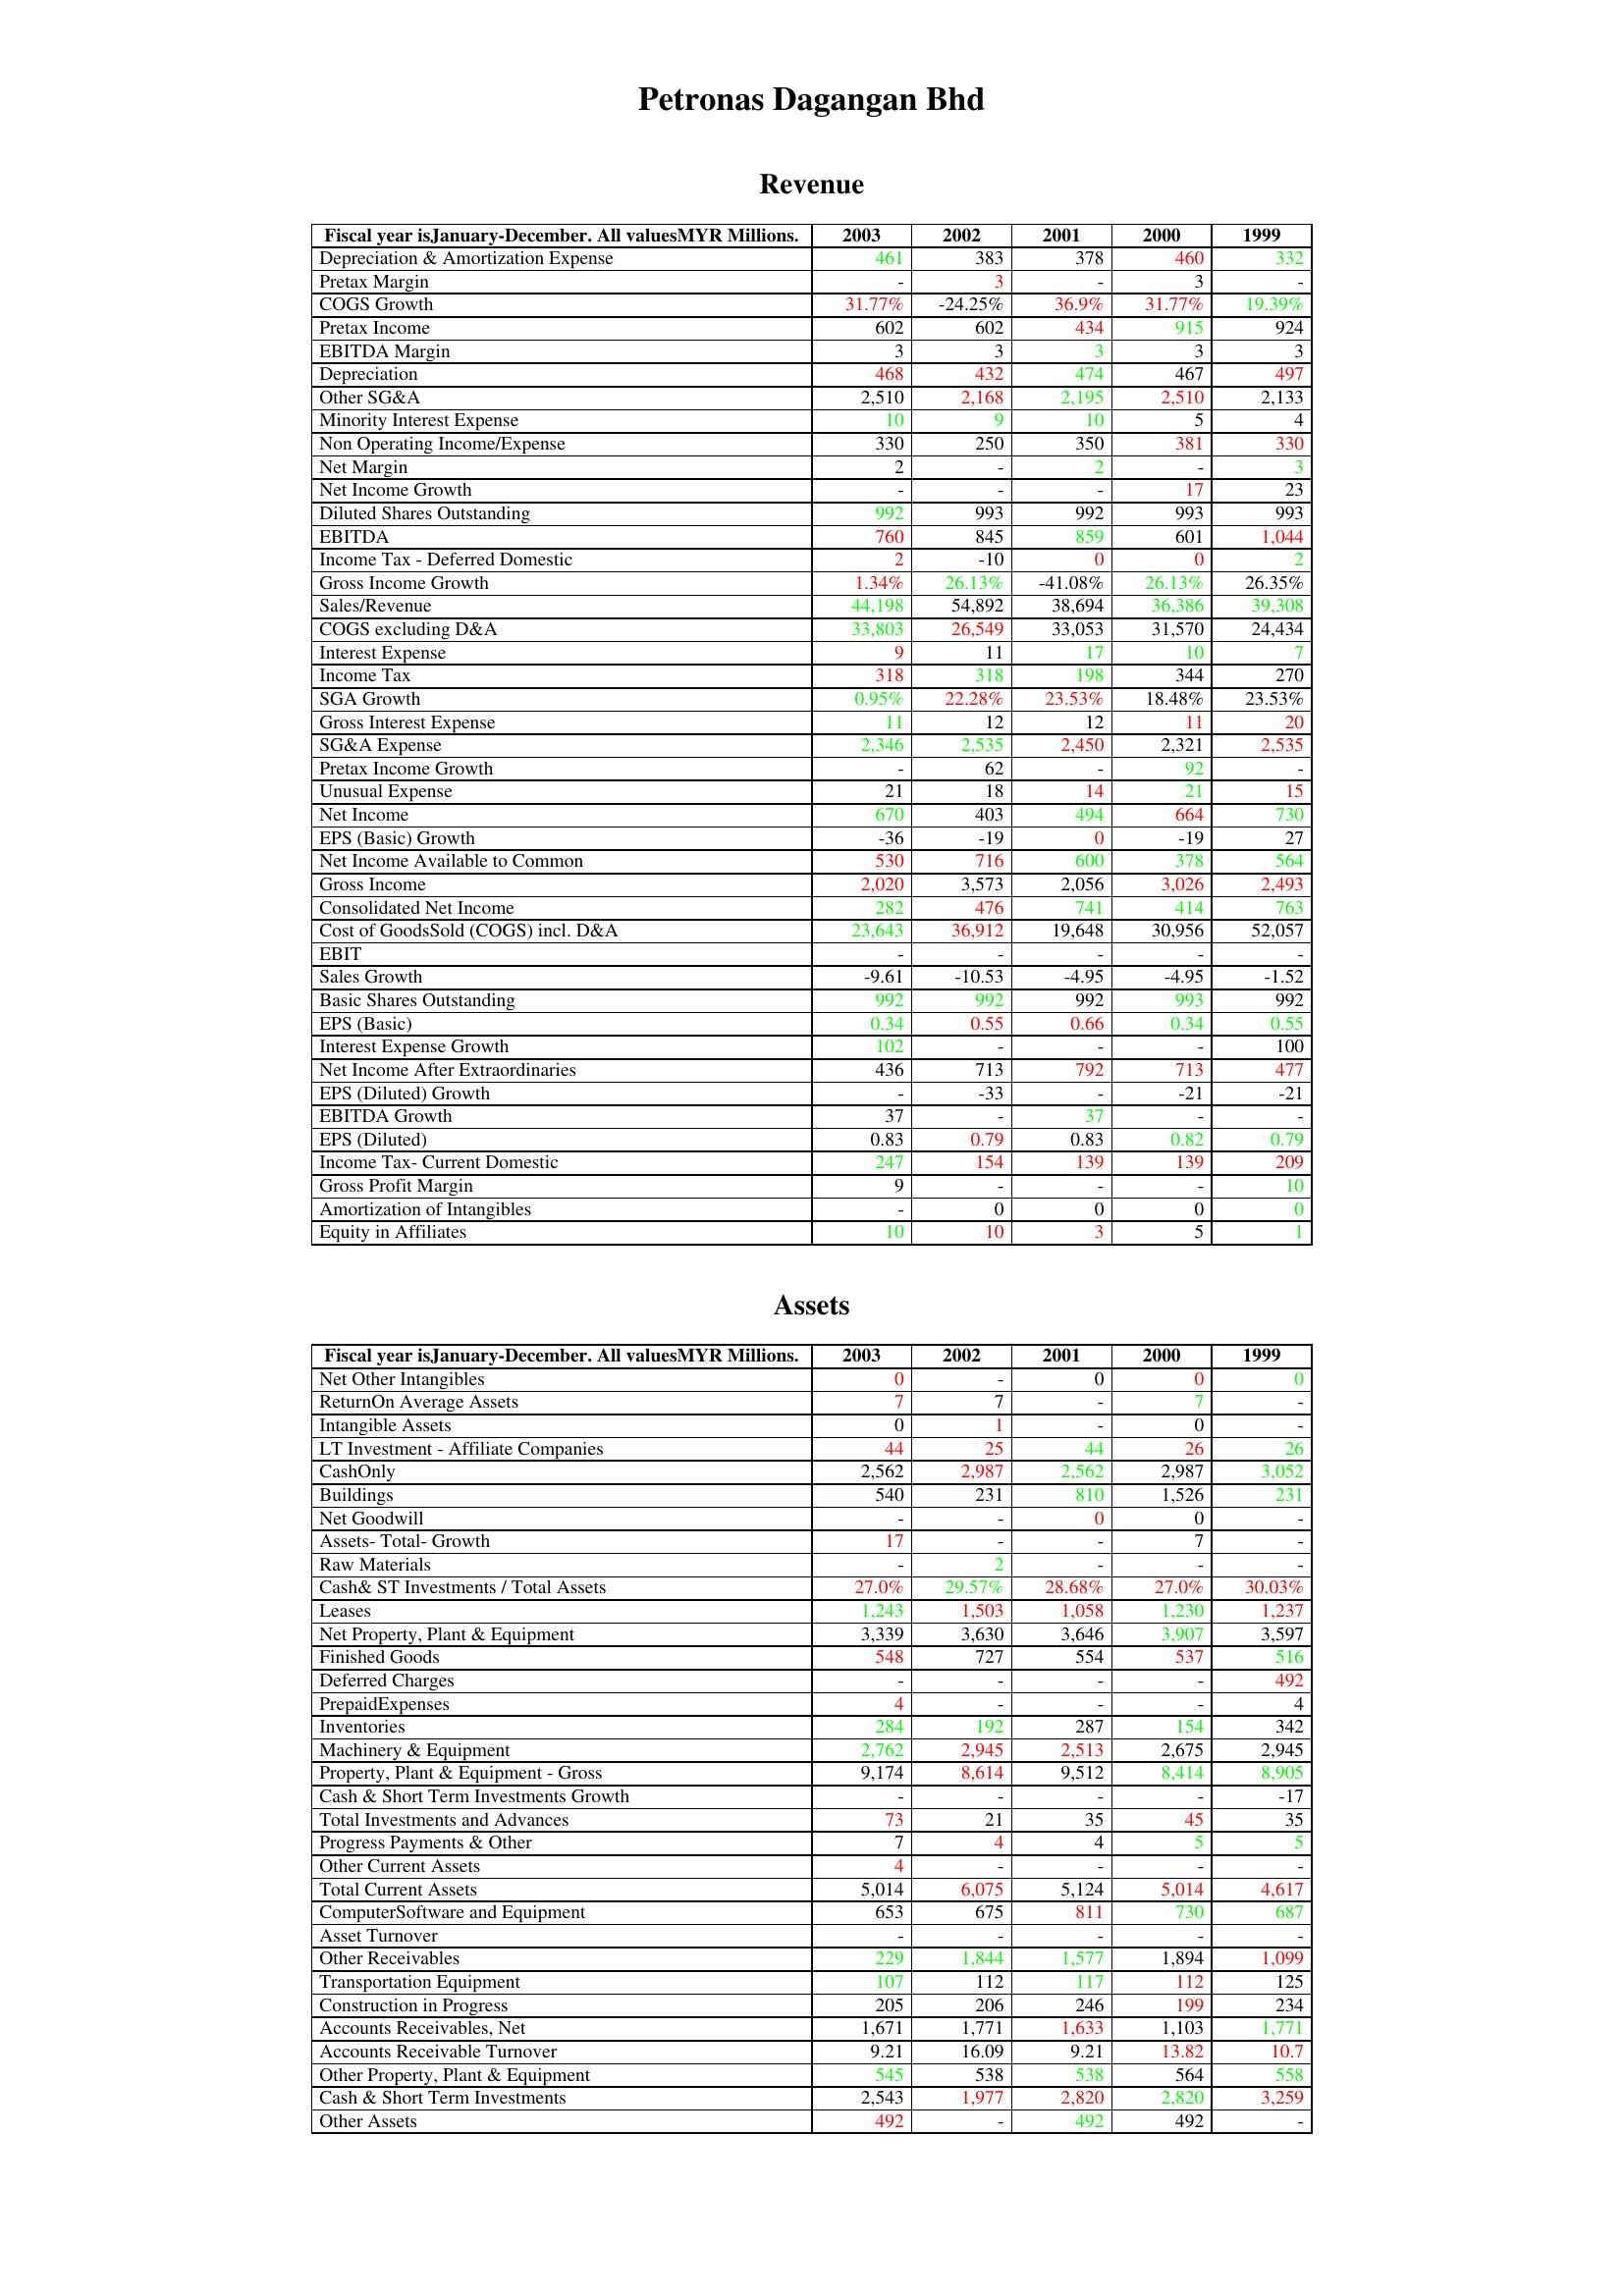
gt_parse: 2003: Revenue: Depreciation & Amortization Expense: 461
Pretax Margin: -
COGS Growth: 31.77%
Pretax Income: 602
EBITDA Margin: 3
Depreciation: 468
Other SG&A: 2,510
Minority Interest Expense: 10
Non Operating Income/Expense: 330
Net Margin: 2
Net Income Growth: -
Diluted Shares Outstanding: 992
EBITDA: 760
Income Tax - Deferred Domestic: 2
Gross Income Growth: 1.34%
Sales/Revenue: 44,198
COGS excluding D&A: 33,803
Interest Expense: 9
Income Tax: 318
SGA Growth: 0.95%
Gross Interest Expense: 11
SG&A Expense: 2,346
Pretax Income Growth: -
Unusual Expense: 21
Net Income: 670
EPS (Basic) Growth: -36
Net Income Available to Common: 530
Gross Income: 2,020
Consolidated Net Income: 282
Cost of GoodsSold (COGS) incl. D&A: 23,643
EBIT: -
Sales Growth: -9.61
Basic Shares Outstanding: 992
EPS (Basic): 0.34
Interest Expense Growth: 102
Net Income After Extraordinaries: 436
EPS (Diluted) Growth: -
EBITDA Growth: 37
EPS (Diluted): 0.83
Income Tax- Current Domestic: 247
Gross Profit Margin: 9
Amortization of Intangibles: -
Equity in Affiliates: 10
Assets: Net Other Intangibles: 0
ReturnOn Average Assets: 7
Intangible Assets: 0
LT Investment - Affiliate Companies: 44
CashOnly: 2,562
Buildings: 540
Net Goodwill: -
Assets- Total- Growth: 17
Raw Materials: -
Cash& ST Investments / Total Assets: 27.0%
Leases: 1,243
Net Property, Plant & Equipment: 3,339
Finished Goods: 548
Deferred Charges: -
PrepaidExpenses: 4
Inventories: 284
Machinery & Equipment: 2,762
Property, Plant & Equipment - Gross : 9,174
Cash & Short Term Investments Growth: -
Total Investments and Advances: 73
Progress Payments & Other: 7
Other Current Assets: 4
Total Current Assets: 5,014
ComputerSoftware and Equipment: 653
Asset Turnover: -
Other Receivables: 229
Transportation Equipment: 107
Construction in Progress: 205
Accounts Receivables, Net: 1,671
Accounts Receivable Turnover: 9.21
Other Property, Plant & Equipment: 545
Cash & Short Term Investments: 2,543
Other Assets: 492
2002: Revenue: Depreciation & Amortization Expense: 383
Pretax Margin: 3
COGS Growth: -24.25%
Pretax Income: 602
EBITDA Margin: 3
Depreciation: 432
Other SG&A: 2,168
Minority Interest Expense: 9
Non Operating Income/Expense: 250
Net Margin: -
Net Income Growth: -
Diluted Shares Outstanding: 993
EBITDA: 845
Income Tax - Deferred Domestic: -10
Gross Income Growth: 26.13%
Sales/Revenue: 54,892
COGS excluding D&A: 26,549
Interest Expense: 11
Income Tax: 318
SGA Growth: 22.28%
Gross Interest Expense: 12
SG&A Expense: 2,535
Pretax Income Growth: 62
Unusual Expense: 18
Net Income: 403
EPS (Basic) Growth: -19
Net Income Available to Common: 716
Gross Income: 3,573
Consolidated Net Income: 476
Cost of GoodsSold (COGS) incl. D&A: 36,912
EBIT: -
Sales Growth: -10.53
Basic Shares Outstanding: 992
EPS (Basic): 0.55
Interest Expense Growth: -
Net Income After Extraordinaries: 713
EPS (Diluted) Growth: -33
EBITDA Growth: -
EPS (Diluted): 0.79
Income Tax- Current Domestic: 154
Gross Profit Margin: -
Amortization of Intangibles: 0
Equity in Affiliates: 10
Assets: Net Other Intangibles: -
ReturnOn Average Assets: 7
Intangible Assets: 1
LT Investment - Affiliate Companies: 25
CashOnly: 2,987
Buildings: 231
Net Goodwill: -
Assets- Total- Growth: -
Raw Materials: 2
Cash& ST Investments / Total Assets: 29.57%
Leases: 1,503
Net Property, Plant & Equipment: 3,630
Finished Goods: 727
Deferred Charges: -
PrepaidExpenses: -
Inventories: 192
Machinery & Equipment: 2,945
Property, Plant & Equipment - Gross : 8,614
Cash & Short Term Investments Growth: -
Total Investments and Advances: 21
Progress Payments & Other: 4
Other Current Assets: -
Total Current Assets: 6,075
ComputerSoftware and Equipment: 675
Asset Turnover: -
Other Receivables: 1,844
Transportation Equipment: 112
Construction in Progress: 206
Accounts Receivables, Net: 1,771
Accounts Receivable Turnover: 16.09
Other Property, Plant & Equipment: 538
Cash & Short Term Investments: 1,977
Other Assets: -
2001: Revenue: Depreciation & Amortization Expense: 378
Pretax Margin: -
COGS Growth: 36.9%
Pretax Income: 434
EBITDA Margin: 3
Depreciation: 474
Other SG&A: 2,195
Minority Interest Expense: 10
Non Operating Income/Expense: 350
Net Margin: 2
Net Income Growth: -
Diluted Shares Outstanding: 992
EBITDA: 859
Income Tax - Deferred Domestic: 0
Gross Income Growth: -41.08%
Sales/Revenue: 38,694
COGS excluding D&A: 33,053
Interest Expense: 17
Income Tax: 198
SGA Growth: 23.53%
Gross Interest Expense: 12
SG&A Expense: 2,450
Pretax Income Growth: -
Unusual Expense: 14
Net Income: 494
EPS (Basic) Growth: 0
Net Income Available to Common: 600
Gross Income: 2,056
Consolidated Net Income: 741
Cost of GoodsSold (COGS) incl. D&A: 19,648
EBIT: -
Sales Growth: -4.95
Basic Shares Outstanding: 992
EPS (Basic): 0.66
Interest Expense Growth: -
Net Income After Extraordinaries: 792
EPS (Diluted) Growth: -
EBITDA Growth: 37
EPS (Diluted): 0.83
Income Tax- Current Domestic: 139
Gross Profit Margin: -
Amortization of Intangibles: 0
Equity in Affiliates: 3
Assets: Net Other Intangibles: 0
ReturnOn Average Assets: -
Intangible Assets: -
LT Investment - Affiliate Companies: 44
CashOnly: 2,562
Buildings: 810
Net Goodwill: 0
Assets- Total- Growth: -
Raw Materials: -
Cash& ST Investments / Total Assets: 28.68%
Leases: 1,058
Net Property, Plant & Equipment: 3,646
Finished Goods: 554
Deferred Charges: -
PrepaidExpenses: -
Inventories: 287
Machinery & Equipment: 2,513
Property, Plant & Equipment - Gross : 9,512
Cash & Short Term Investments Growth: -
Total Investments and Advances: 35
Progress Payments & Other: 4
Other Current Assets: -
Total Current Assets: 5,124
ComputerSoftware and Equipment: 811
Asset Turnover: -
Other Receivables: 1,577
Transportation Equipment: 117
Construction in Progress: 246
Accounts Receivables, Net: 1,633
Accounts Receivable Turnover: 9.21
Other Property, Plant & Equipment: 538
Cash & Short Term Investments: 2,820
Other Assets: 492
2000: Revenue: Depreciation & Amortization Expense: 460
Pretax Margin: 3
COGS Growth: 31.77%
Pretax Income: 915
EBITDA Margin: 3
Depreciation: 467
Other SG&A: 2,510
Minority Interest Expense: 5
Non Operating Income/Expense: 381
Net Margin: -
Net Income Growth: 17
Diluted Shares Outstanding: 993
EBITDA: 601
Income Tax - Deferred Domestic: 0
Gross Income Growth: 26.13%
Sales/Revenue: 36,386
COGS excluding D&A: 31,570
Interest Expense: 10
Income Tax: 344
SGA Growth: 18.48%
Gross Interest Expense: 11
SG&A Expense: 2,321
Pretax Income Growth: 92
Unusual Expense: 21
Net Income: 664
EPS (Basic) Growth: -19
Net Income Available to Common: 378
Gross Income: 3,026
Consolidated Net Income: 414
Cost of GoodsSold (COGS) incl. D&A: 30,956
EBIT: -
Sales Growth: -4.95
Basic Shares Outstanding: 993
EPS (Basic): 0.34
Interest Expense Growth: -
Net Income After Extraordinaries: 713
EPS (Diluted) Growth: -21
EBITDA Growth: -
EPS (Diluted): 0.82
Income Tax- Current Domestic: 139
Gross Profit Margin: -
Amortization of Intangibles: 0
Equity in Affiliates: 5
Assets: Net Other Intangibles: 0
ReturnOn Average Assets: 7
Intangible Assets: 0
LT Investment - Affiliate Companies: 26
CashOnly: 2,987
Buildings: 1,526
Net Goodwill: 0
Assets- Total- Growth: 7
Raw Materials: -
Cash& ST Investments / Total Assets: 27.0%
Leases: 1,230
Net Property, Plant & Equipment: 3,907
Finished Goods: 537
Deferred Charges: -
PrepaidExpenses: -
Inventories: 154
Machinery & Equipment: 2,675
Property, Plant & Equipment - Gross : 8,414
Cash & Short Term Investments Growth: -
Total Investments and Advances: 45
Progress Payments & Other: 5
Other Current Assets: -
Total Current Assets: 5,014
ComputerSoftware and Equipment: 730
Asset Turnover: -
Other Receivables: 1,894
Transportation Equipment: 112
Construction in Progress: 199
Accounts Receivables, Net: 1,103
Accounts Receivable Turnover: 13.82
Other Property, Plant & Equipment: 564
Cash & Short Term Investments: 2,820
Other Assets: 492
1999: Revenue: Depreciation & Amortization Expense: 332
Pretax Margin: -
COGS Growth: 19.39%
Pretax Income: 924
EBITDA Margin: 3
Depreciation: 497
Other SG&A: 2,133
Minority Interest Expense: 4
Non Operating Income/Expense: 330
Net Margin: 3
Net Income Growth: 23
Diluted Shares Outstanding: 993
EBITDA: 1,044
Income Tax - Deferred Domestic: 2
Gross Income Growth: 26.35%
Sales/Revenue: 39,308
COGS excluding D&A: 24,434
Interest Expense: 7
Income Tax: 270
SGA Growth: 23.53%
Gross Interest Expense: 20
SG&A Expense: 2,535
Pretax Income Growth: -
Unusual Expense: 15
Net Income: 730
EPS (Basic) Growth: 27
Net Income Available to Common: 564
Gross Income: 2,493
Consolidated Net Income: 763
Cost of GoodsSold (COGS) incl. D&A: 52,057
EBIT: -
Sales Growth: -1.52
Basic Shares Outstanding: 992
EPS (Basic): 0.55
Interest Expense Growth: 100
Net Income After Extraordinaries: 477
EPS (Diluted) Growth: -21
EBITDA Growth: -
EPS (Diluted): 0.79
Income Tax- Current Domestic: 209
Gross Profit Margin: 10
Amortization of Intangibles: 0
Equity in Affiliates: 1
Assets: Net Other Intangibles: 0
ReturnOn Average Assets: -
Intangible Assets: -
LT Investment - Affiliate Companies: 26
CashOnly: 3,052
Buildings: 231
Net Goodwill: -
Assets- Total- Growth: -
Raw Materials: -
Cash& ST Investments / Total Assets: 30.03%
Leases: 1,237
Net Property, Plant & Equipment: 3,597
Finished Goods: 516
Deferred Charges: 492
PrepaidExpenses: 4
Inventories: 342
Machinery & Equipment: 2,945
Property, Plant & Equipment - Gross : 8,905
Cash & Short Term Investments Growth: -17
Total Investments and Advances: 35
Progress Payments & Other: 5
Other Current Assets: -
Total Current Assets: 4,617
ComputerSoftware and Equipment: 687
Asset Turnover: -
Other Receivables: 1,099
Transportation Equipment: 125
Construction in Progress: 234
Accounts Receivables, Net: 1,771
Accounts Receivable Turnover: 10.7
Other Property, Plant & Equipment: 558
Cash & Short Term Investments: 3,259
Other Assets: -